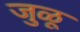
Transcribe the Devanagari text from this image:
जुळू